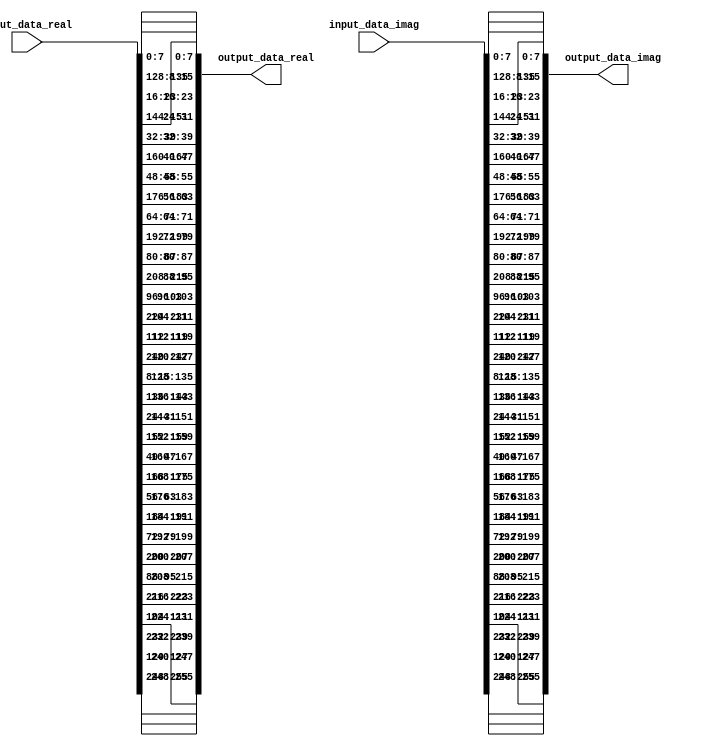
module Mapper_s3_s4 #(parameter data_width = 8 , no_in_out = 32) 
    (
        input   wire    [no_in_out * data_width - 1 : 0]    input_data_real, input_data_imag,
        output  reg     [no_in_out * data_width - 1 : 0]    output_data_real, output_data_imag
 );


 always @ (*)
    begin
		//real_values 
        output_data_real[ (0 +1) * data_width -1 : 0  * data_width] = input_data_real [ (0 +1) * data_width -1 : 0  * data_width];
        output_data_real[ (1 +1) * data_width -1 : 1  * data_width] = input_data_real [ (16+1) * data_width -1 : 16 * data_width];
        output_data_real[ (2 +1) * data_width -1 : 2  * data_width] = input_data_real [ (2 +1) * data_width -1 : 2  * data_width];
        output_data_real[ (3 +1) * data_width -1 : 3  * data_width] = input_data_real [ (18+1) * data_width -1 : 18 * data_width];
        output_data_real[ (4 +1) * data_width -1 : 4  * data_width] = input_data_real [ (4 +1) * data_width -1 : 4  * data_width];
        output_data_real[ (5 +1) * data_width -1 : 5  * data_width] = input_data_real [ (20+1) * data_width -1 : 20 * data_width];
        output_data_real[ (6 +1) * data_width -1 : 6  * data_width] = input_data_real [ (6 +1) * data_width -1 : 6  * data_width];
        output_data_real[ (7 +1) * data_width -1 : 7  * data_width] = input_data_real [ (22+1) * data_width -1 : 22 * data_width];
        output_data_real[ (8 +1) * data_width -1 : 8  * data_width] = input_data_real [ (8 +1) * data_width -1 : 8  * data_width];
        output_data_real[ (9 +1) * data_width -1 : 9  * data_width] = input_data_real [ (24+1) * data_width -1 : 24 * data_width];
        output_data_real[ (10+1) * data_width -1 : 10 * data_width] = input_data_real [ (10+1) * data_width -1 : 10 * data_width];
        output_data_real[ (11+1) * data_width -1 : 11 * data_width] = input_data_real [ (26+1) * data_width -1 : 26 * data_width];
        output_data_real[ (12+1) * data_width -1 : 12 * data_width] = input_data_real [ (12+1) * data_width -1 : 12 * data_width];
        output_data_real[ (13+1) * data_width -1 : 13 * data_width] = input_data_real [ (28+1) * data_width -1 : 28 * data_width];
        output_data_real[ (14+1) * data_width -1 : 14 * data_width] = input_data_real [ (14+1) * data_width -1 : 14 * data_width];
        output_data_real[ (15+1) * data_width -1 : 15 * data_width] = input_data_real [ (30+1) * data_width -1 : 30 * data_width];
        output_data_real[ (16+1) * data_width -1 : 16 * data_width] = input_data_real [ (1 +1) * data_width -1 : 1  * data_width];
        output_data_real[ (17+1) * data_width -1 : 17 * data_width] = input_data_real [ (17+1) * data_width -1 : 17 * data_width];
        output_data_real[ (18+1) * data_width -1 : 18 * data_width] = input_data_real [ (3 +1) * data_width -1 : 3  * data_width];
        output_data_real[ (19+1) * data_width -1 : 19 * data_width] = input_data_real [ (19+1) * data_width -1 : 19 * data_width];
        output_data_real[ (20+1) * data_width -1 : 20 * data_width] = input_data_real [ (5 +1) * data_width -1 : 5  * data_width];
        output_data_real[ (21+1) * data_width -1 : 21 * data_width] = input_data_real [ (21+1) * data_width -1 : 21 * data_width];
        output_data_real[ (22+1) * data_width -1 : 22 * data_width] = input_data_real [ (7 +1) * data_width -1 : 7  * data_width];
        output_data_real[ (23+1) * data_width -1 : 23 * data_width] = input_data_real [ (23+1) * data_width -1 : 23 * data_width];
        output_data_real[ (24+1) * data_width -1 : 24 * data_width] = input_data_real [ (9 +1) * data_width -1 : 9  * data_width];
        output_data_real[ (25+1) * data_width -1 : 25 * data_width] = input_data_real [ (25+1) * data_width -1 : 25 * data_width];
        output_data_real[ (26+1) * data_width -1 : 26 * data_width] = input_data_real [ (11+1) * data_width -1 : 11 * data_width];
        output_data_real[ (27+1) * data_width -1 : 27 * data_width] = input_data_real [ (27+1) * data_width -1 : 27 * data_width];
        output_data_real[ (28+1) * data_width -1 : 28 * data_width] = input_data_real [ (13+1) * data_width -1 : 13 * data_width];
        output_data_real[ (29+1) * data_width -1 : 29 * data_width] = input_data_real [ (29+1) * data_width -1 : 29 * data_width];
        output_data_real[ (30+1) * data_width -1 : 30 * data_width] = input_data_real [ (15+1) * data_width -1 : 15 * data_width];
        output_data_real[ (31+1) * data_width -1 : 31 * data_width] = input_data_real [ (31+1) * data_width -1 : 31 * data_width];
		                                                                                                           
		//imag_values                                                                                              
		output_data_imag[ (0 +1) * data_width -1 : 0  * data_width] = input_data_imag [ (0 +1) * data_width -1 : 0  * data_width];
        output_data_imag[ (1 +1) * data_width -1 : 1  * data_width] = input_data_imag [ (16+1) * data_width -1 : 16 * data_width];
        output_data_imag[ (2 +1) * data_width -1 : 2  * data_width] = input_data_imag [ (2 +1) * data_width -1 : 2  * data_width];
        output_data_imag[ (3 +1) * data_width -1 : 3  * data_width] = input_data_imag [ (18+1) * data_width -1 : 18 * data_width];
        output_data_imag[ (4 +1) * data_width -1 : 4  * data_width] = input_data_imag [ (4 +1) * data_width -1 : 4  * data_width];
        output_data_imag[ (5 +1) * data_width -1 : 5  * data_width] = input_data_imag [ (20+1) * data_width -1 : 20 * data_width];
        output_data_imag[ (6 +1) * data_width -1 : 6  * data_width] = input_data_imag [ (6 +1) * data_width -1 : 6  * data_width];
        output_data_imag[ (7 +1) * data_width -1 : 7  * data_width] = input_data_imag [ (22+1) * data_width -1 : 22 * data_width];
        output_data_imag[ (8 +1) * data_width -1 : 8  * data_width] = input_data_imag [ (8 +1) * data_width -1 : 8  * data_width];
        output_data_imag[ (9 +1) * data_width -1 : 9  * data_width] = input_data_imag [ (24+1) * data_width -1 : 24 * data_width];
        output_data_imag[ (10+1) * data_width -1 : 10 * data_width] = input_data_imag [ (10+1) * data_width -1 : 10 * data_width];
        output_data_imag[ (11+1) * data_width -1 : 11 * data_width] = input_data_imag [ (26+1) * data_width -1 : 26 * data_width];
        output_data_imag[ (12+1) * data_width -1 : 12 * data_width] = input_data_imag [ (12+1) * data_width -1 : 12 * data_width];
        output_data_imag[ (13+1) * data_width -1 : 13 * data_width] = input_data_imag [ (28+1) * data_width -1 : 28 * data_width];
        output_data_imag[ (14+1) * data_width -1 : 14 * data_width] = input_data_imag [ (14+1) * data_width -1 : 14 * data_width];
        output_data_imag[ (15+1) * data_width -1 : 15 * data_width] = input_data_imag [ (30+1) * data_width -1 : 30 * data_width];
        output_data_imag[ (16+1) * data_width -1 : 16 * data_width] = input_data_imag [ (1 +1) * data_width -1 : 1  * data_width];
        output_data_imag[ (17+1) * data_width -1 : 17 * data_width] = input_data_imag [ (17+1) * data_width -1 : 17 * data_width];
        output_data_imag[ (18+1) * data_width -1 : 18 * data_width] = input_data_imag [ (3 +1) * data_width -1 : 3  * data_width];
        output_data_imag[ (19+1) * data_width -1 : 19 * data_width] = input_data_imag [ (19+1) * data_width -1 : 19 * data_width];
        output_data_imag[ (20+1) * data_width -1 : 20 * data_width] = input_data_imag [ (5 +1) * data_width -1 : 5  * data_width];
        output_data_imag[ (21+1) * data_width -1 : 21 * data_width] = input_data_imag [ (21+1) * data_width -1 : 21 * data_width];
        output_data_imag[ (22+1) * data_width -1 : 22 * data_width] = input_data_imag [ (7 +1) * data_width -1 : 7  * data_width];
        output_data_imag[ (23+1) * data_width -1 : 23 * data_width] = input_data_imag [ (23+1) * data_width -1 : 23 * data_width];
        output_data_imag[ (24+1) * data_width -1 : 24 * data_width] = input_data_imag [ (9 +1) * data_width -1 : 9  * data_width];
        output_data_imag[ (25+1) * data_width -1 : 25 * data_width] = input_data_imag [ (25+1) * data_width -1 : 25 * data_width];
        output_data_imag[ (26+1) * data_width -1 : 26 * data_width] = input_data_imag [ (11+1) * data_width -1 : 11 * data_width];
        output_data_imag[ (27+1) * data_width -1 : 27 * data_width] = input_data_imag [ (27+1) * data_width -1 : 27 * data_width];
        output_data_imag[ (28+1) * data_width -1 : 28 * data_width] = input_data_imag [ (13+1) * data_width -1 : 13 * data_width];
        output_data_imag[ (29+1) * data_width -1 : 29 * data_width] = input_data_imag [ (29+1) * data_width -1 : 29 * data_width];
        output_data_imag[ (30+1) * data_width -1 : 30 * data_width] = input_data_imag [ (15+1) * data_width -1 : 15 * data_width];
        output_data_imag[ (31+1) * data_width -1 : 31 * data_width] = input_data_imag [ (31+1) * data_width -1 : 31 * data_width];
    end
endmodule